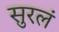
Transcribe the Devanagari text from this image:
सुरलं